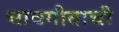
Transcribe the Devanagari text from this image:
भावगीताची